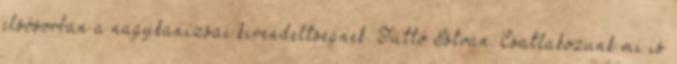
elsősorban a nagykanizsai kirendeltségnek. Tüttő István: Csatlakozunk mi is